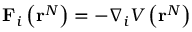
\mathbf { F } _ { i } \left( \mathbf { r } ^ { N } \right) = - \nabla _ { i } V \left( \mathbf { r } ^ { N } \right)